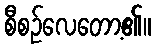
စီစဉ်လေတော့၏။